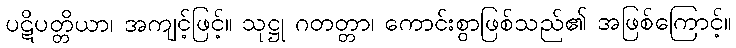
ပဋိပတ္တိယာ၊ အကျင့်ဖြင့်။ သုဋ္ဌု ဂတတ္တာ၊ ကောင်းစွာဖြစ်သည်၏ အဖြစ်ကြောင့်။